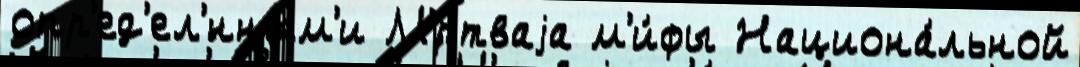
опр'ед'ел'́нным'и М'́ртваjа м'и́фы Национа́льной